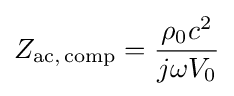
Z_{{\text{ac}},\,{\text{comp}}}={\frac {\rho _{0}c^{2}}{j\omega V_{0}}}